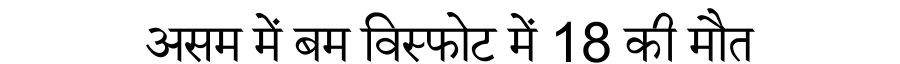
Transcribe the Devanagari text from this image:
असम में बम विस्फोट में 18 की मौत